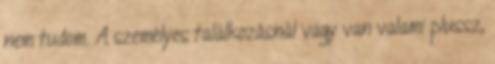
nem tudom. A személyes találkozásnál vagy van valami plussz,